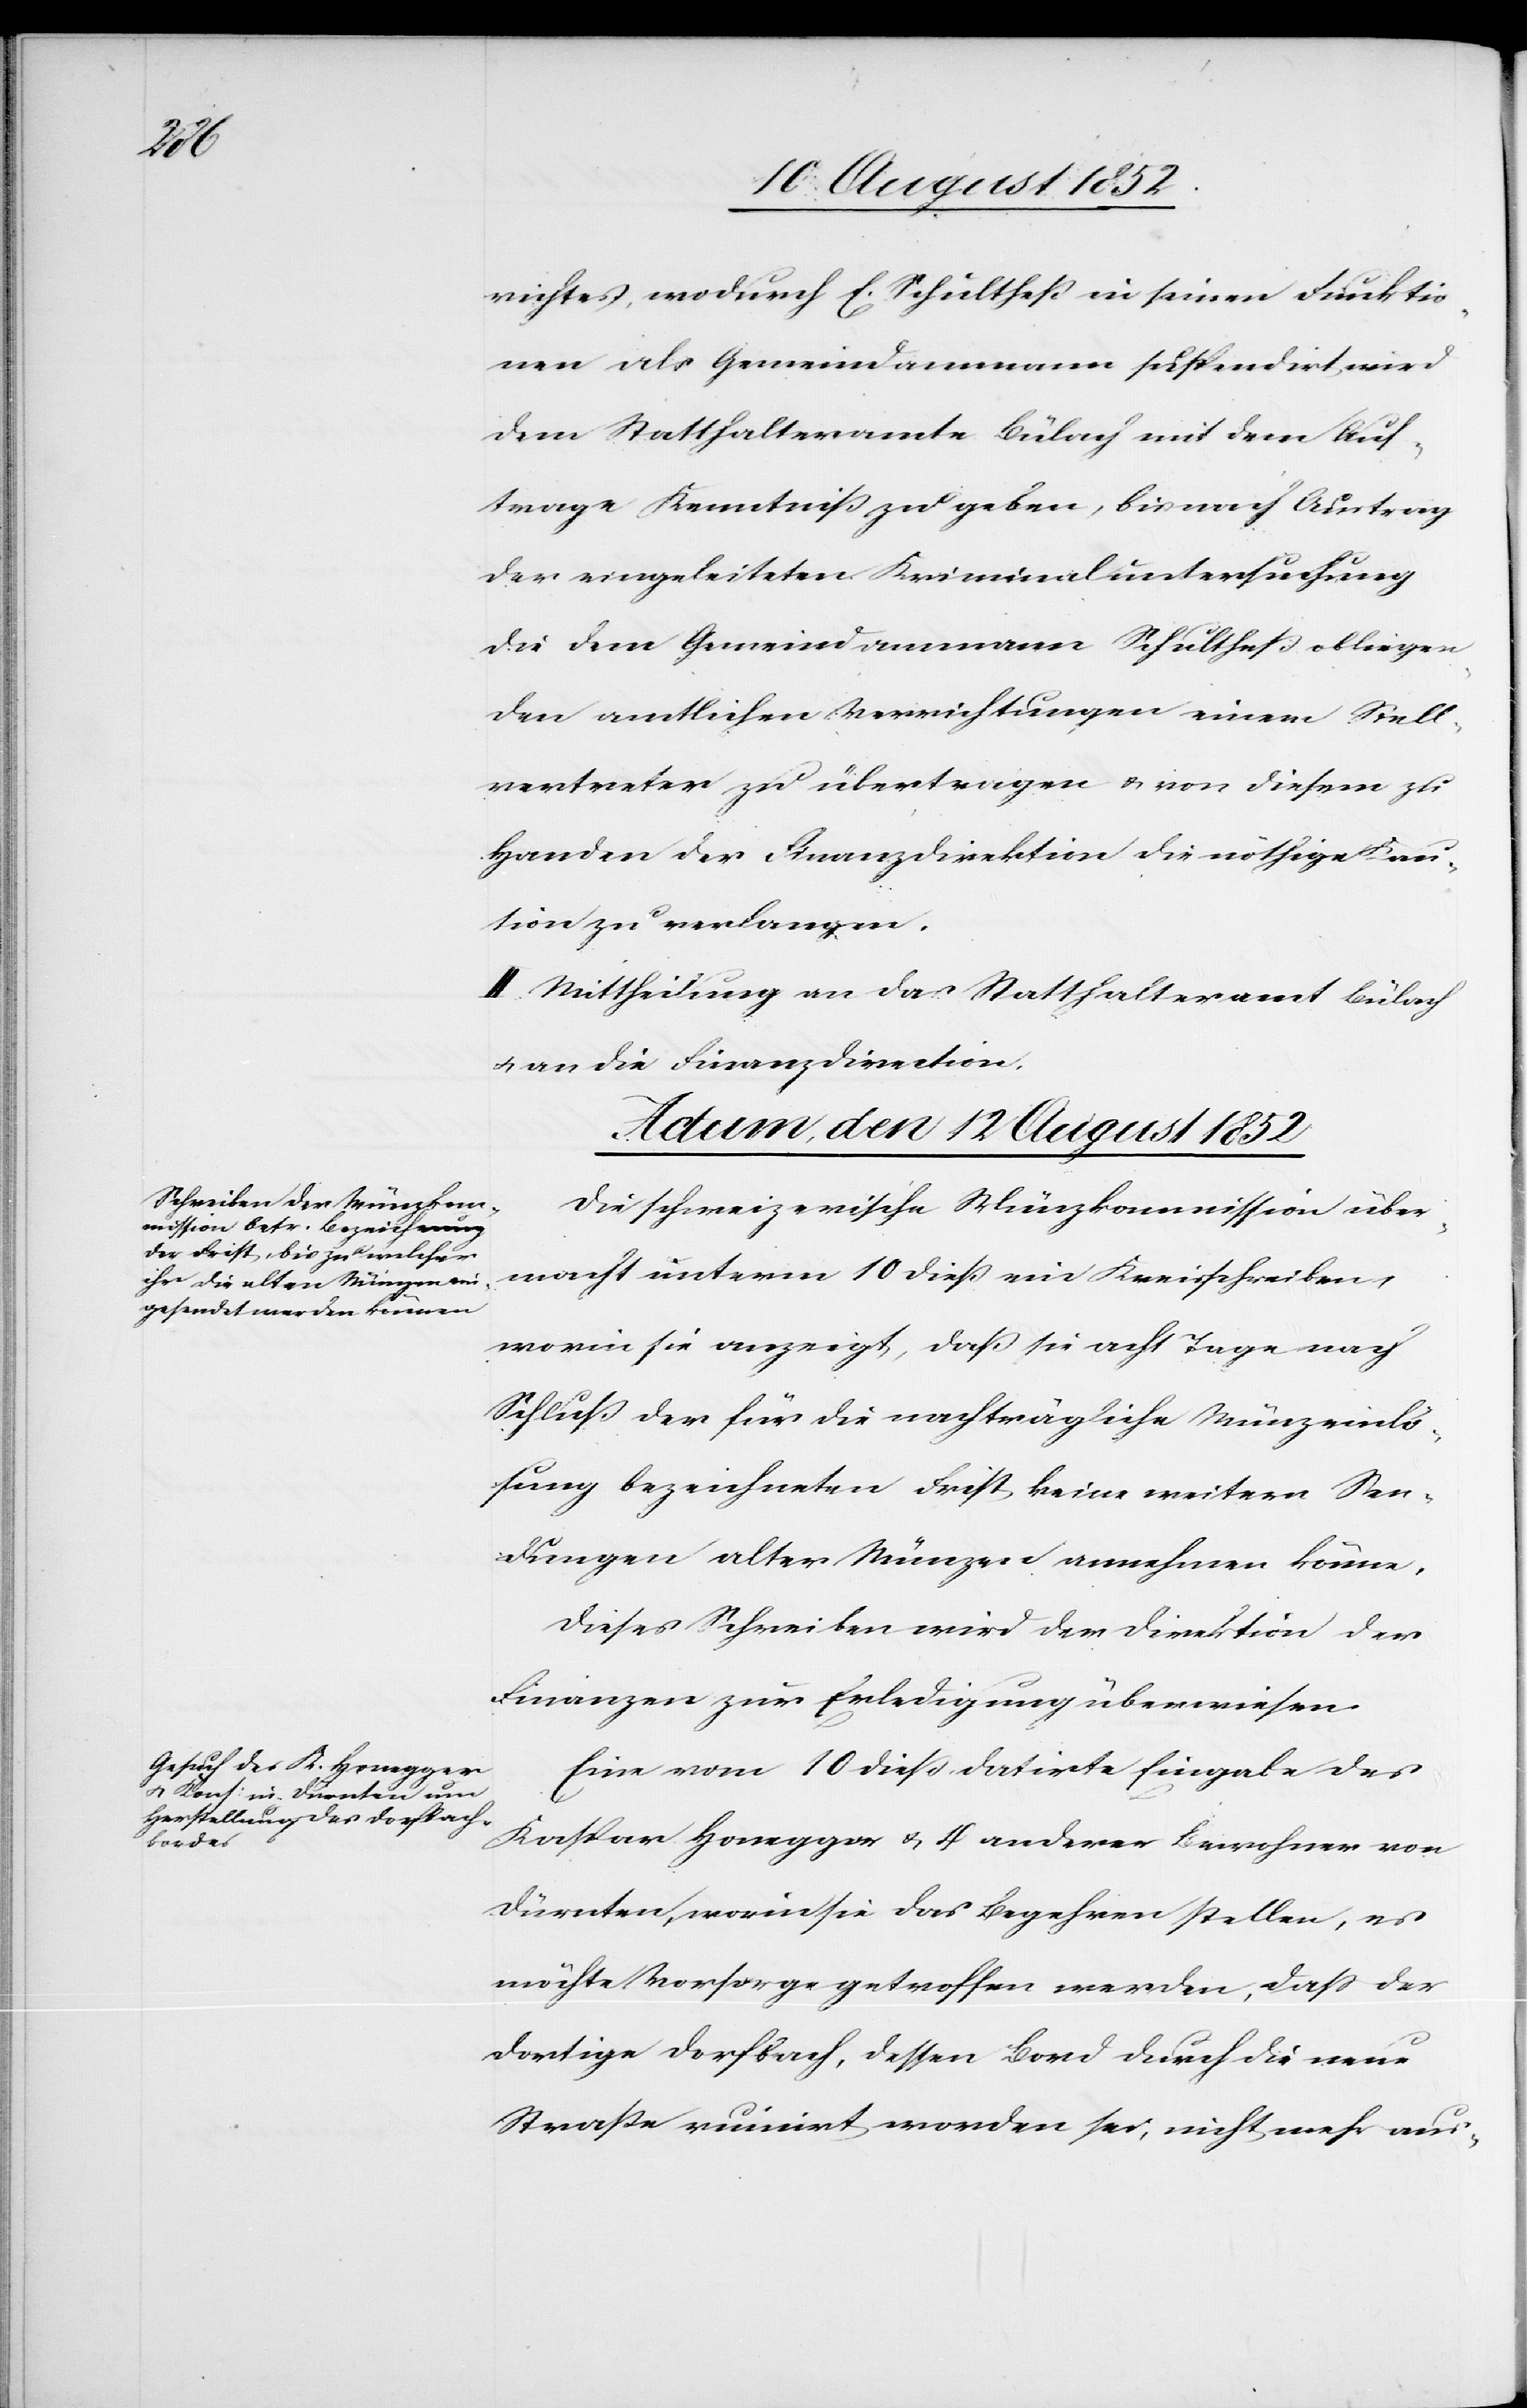
richtes, wodurch E. Schultheß in seinen Funktio¬
nen als Gemeindammann suspendirt wird
dem Statthalteramte Bülach mit dem Auf¬
trage Kenntniß zu geben, bis nach Austrag
der eingeleiteten Kriminaluntersuchung
die dem Gemeindammann Schultheß obliegen¬
den amtlichen Verrichtungen einem Stell¬
vertreter zu übertragen & von diesem zu
Handen der Finanzdirektion die nöthige Kau¬
tion zu verlangen.
II. Mittheilung an das Statthalteramt Bülach
& an die Finanzdirection.
Actum, den 12 August 1852]
Die schweizerische Münzkommission über¬
macht unterm 10 dieß ein Kreisschreiben,
worin sie anzeigt, daß sie acht Tage nach
Schluß der für die nachträgliche Münzeinlö¬
sung bezeichneten Frist keine weitere Sen¬
dungen alter Münzen annehmen könne.
Dieses Schreiben wird der Direktion der
Finanzen zur Erledigung überwiesen.
Eine vom 10 dieß datirte Eingabe des
Kaspar Honegger & 4 anderer Bewohner von
Dürnten, worin sie das Begehren stellen, es
möchte Vorsorge getroffen werden, dass der
dortige Dorfbach, dessen Bord durch die neue
Straße ruinirt worden sei, nicht mehr aus-